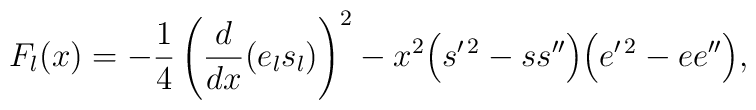
F_l(x)=        -\frac{1}{4}\left(\frac{d}{dx}(e_ls_l)\right)^2       -x^2\Bigl(s^{\prime\,   2}-  s  s^{\prime\prime}\Bigr)\Bigl(e^{\prime\,2}-e e^{\prime\prime}\Bigr) ,